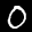
Label: 0